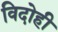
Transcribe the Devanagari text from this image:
विदोही